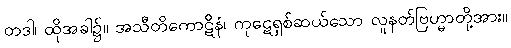
တဒါ၊ ထိုအခါ၌။ အသီတိကောဋိနံ၊ ကုဋေရှစ်ဆယ်သော လူနတ်ဗြဟ္မာတို့အား။